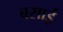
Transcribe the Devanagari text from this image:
बसाईं